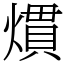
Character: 𤎽